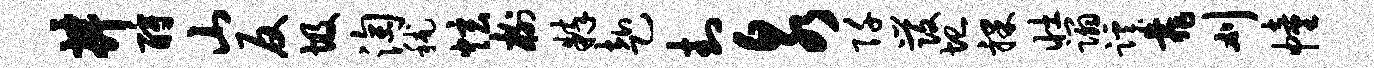
井酹山反圾淘秫炫榭粹赴封泉阡发圮裸壮蹋蹊靠刈幢